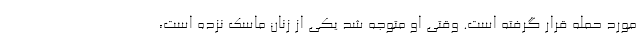
مورد حمله قرار گرفته است. وقتی او متوجه شد یکی از زنان ماسک نزده است،